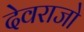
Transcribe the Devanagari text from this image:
देवराजो